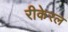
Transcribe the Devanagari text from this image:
रीकेरल